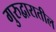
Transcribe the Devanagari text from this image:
गुरुद्वारातील